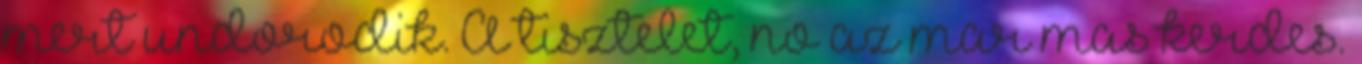
mert undorodik. A tisztelet, no az mar mas kerdes.